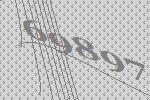
69897